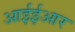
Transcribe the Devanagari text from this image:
आईईआर